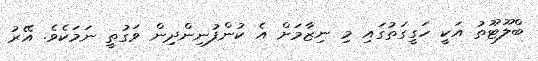
ބްލޫޓޫތު އަކީ ހަގީގަތުގައި މި ނިޒާމަށް އެ ކުންފުނިންދިން ވަގުތީ ނަމަކެވެ. އޭރު